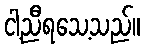
ငါ့ညီရသေ့သည်။